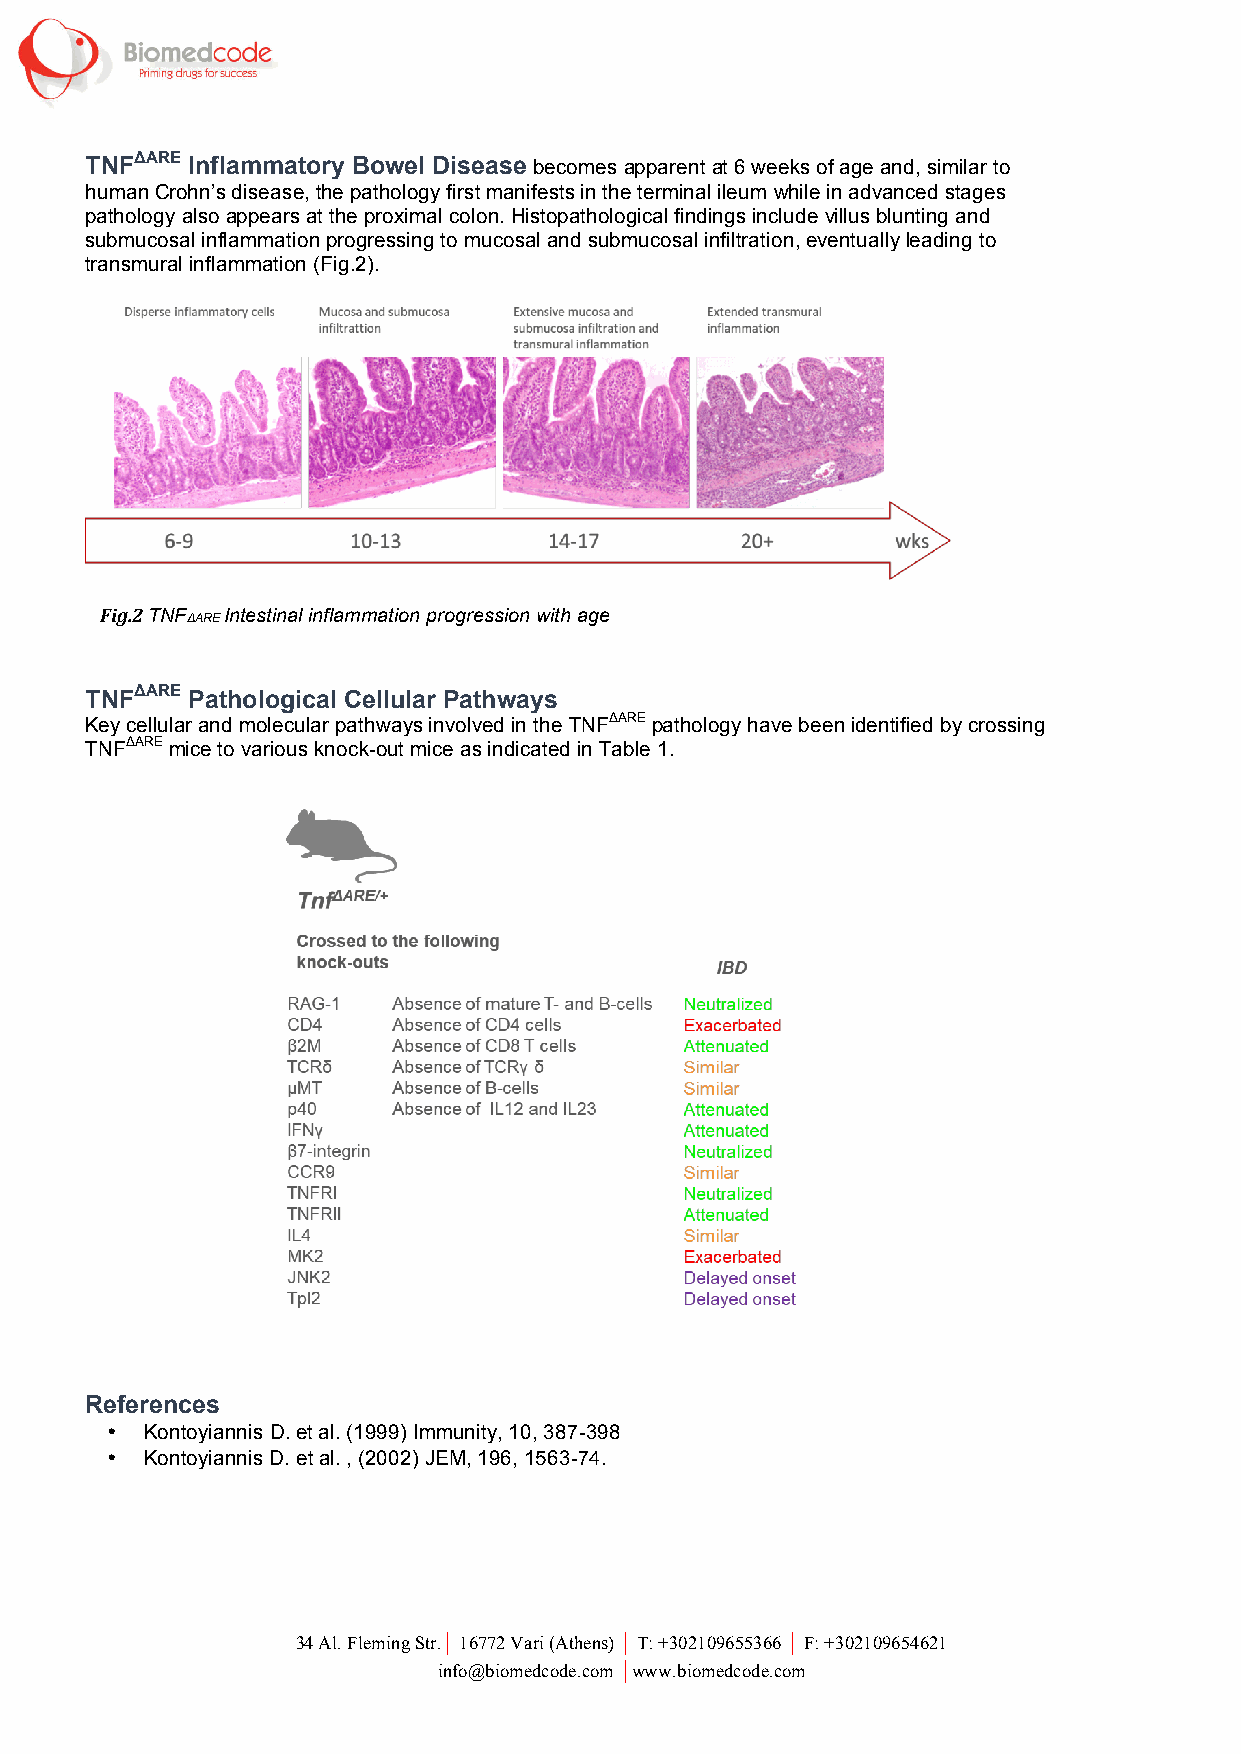
TNFΔARE Inflammatory Bowel Disease becomes apparent at 6 weeks of age and, similar to
 human Crohn’s disease, the pathology first manifests in the terminal ileum while in advanced stages
 pathology also appears at the proximal colon. Histopathological findings include villus blunting and
 submucosal inflammation progressing to mucosal and submucosal infiltration, eventually leading to
 transmural inflammation (Fig.2).
 Fig.2 TNFΔARE Intestinal inflammation progression with age
 TNFΔARE Pathological Cellular Pathways
 Key cellular and molecular pathways involved in the TNFΔARE pathology have been identified by crossing
 TNFΔARE mice to various knock-out mice as indicated in Table 1.
 References
 •  Kontoyiannis D. et al. (1999) Immunity, 10, 387-398
 •  Kontoyiannis D. et al. , (2002) JEM, 196, 1563-74.
 34 Al. Fleming Str.│ 16772 Vari (Athens) │ T: +302109655366 │ F: +302109654621
 info@biomedcode.com │www.biomedcode.com